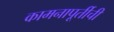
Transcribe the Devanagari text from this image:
कामनापूर्तीची